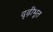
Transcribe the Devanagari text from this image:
दृढ़ीभूत